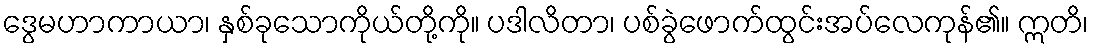
ဒွေမဟာကာယာ၊ နှစ်ခုသောကိုယ်တို့ကို။ ပဒါလိတာ၊ ပစ်ခွဲဖောက်ထွင်းအပ်လေကုန်၏။ ဣတိ၊